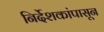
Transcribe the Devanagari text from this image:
निर्देशकांपासून